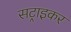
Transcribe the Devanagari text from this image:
सट्राइकर